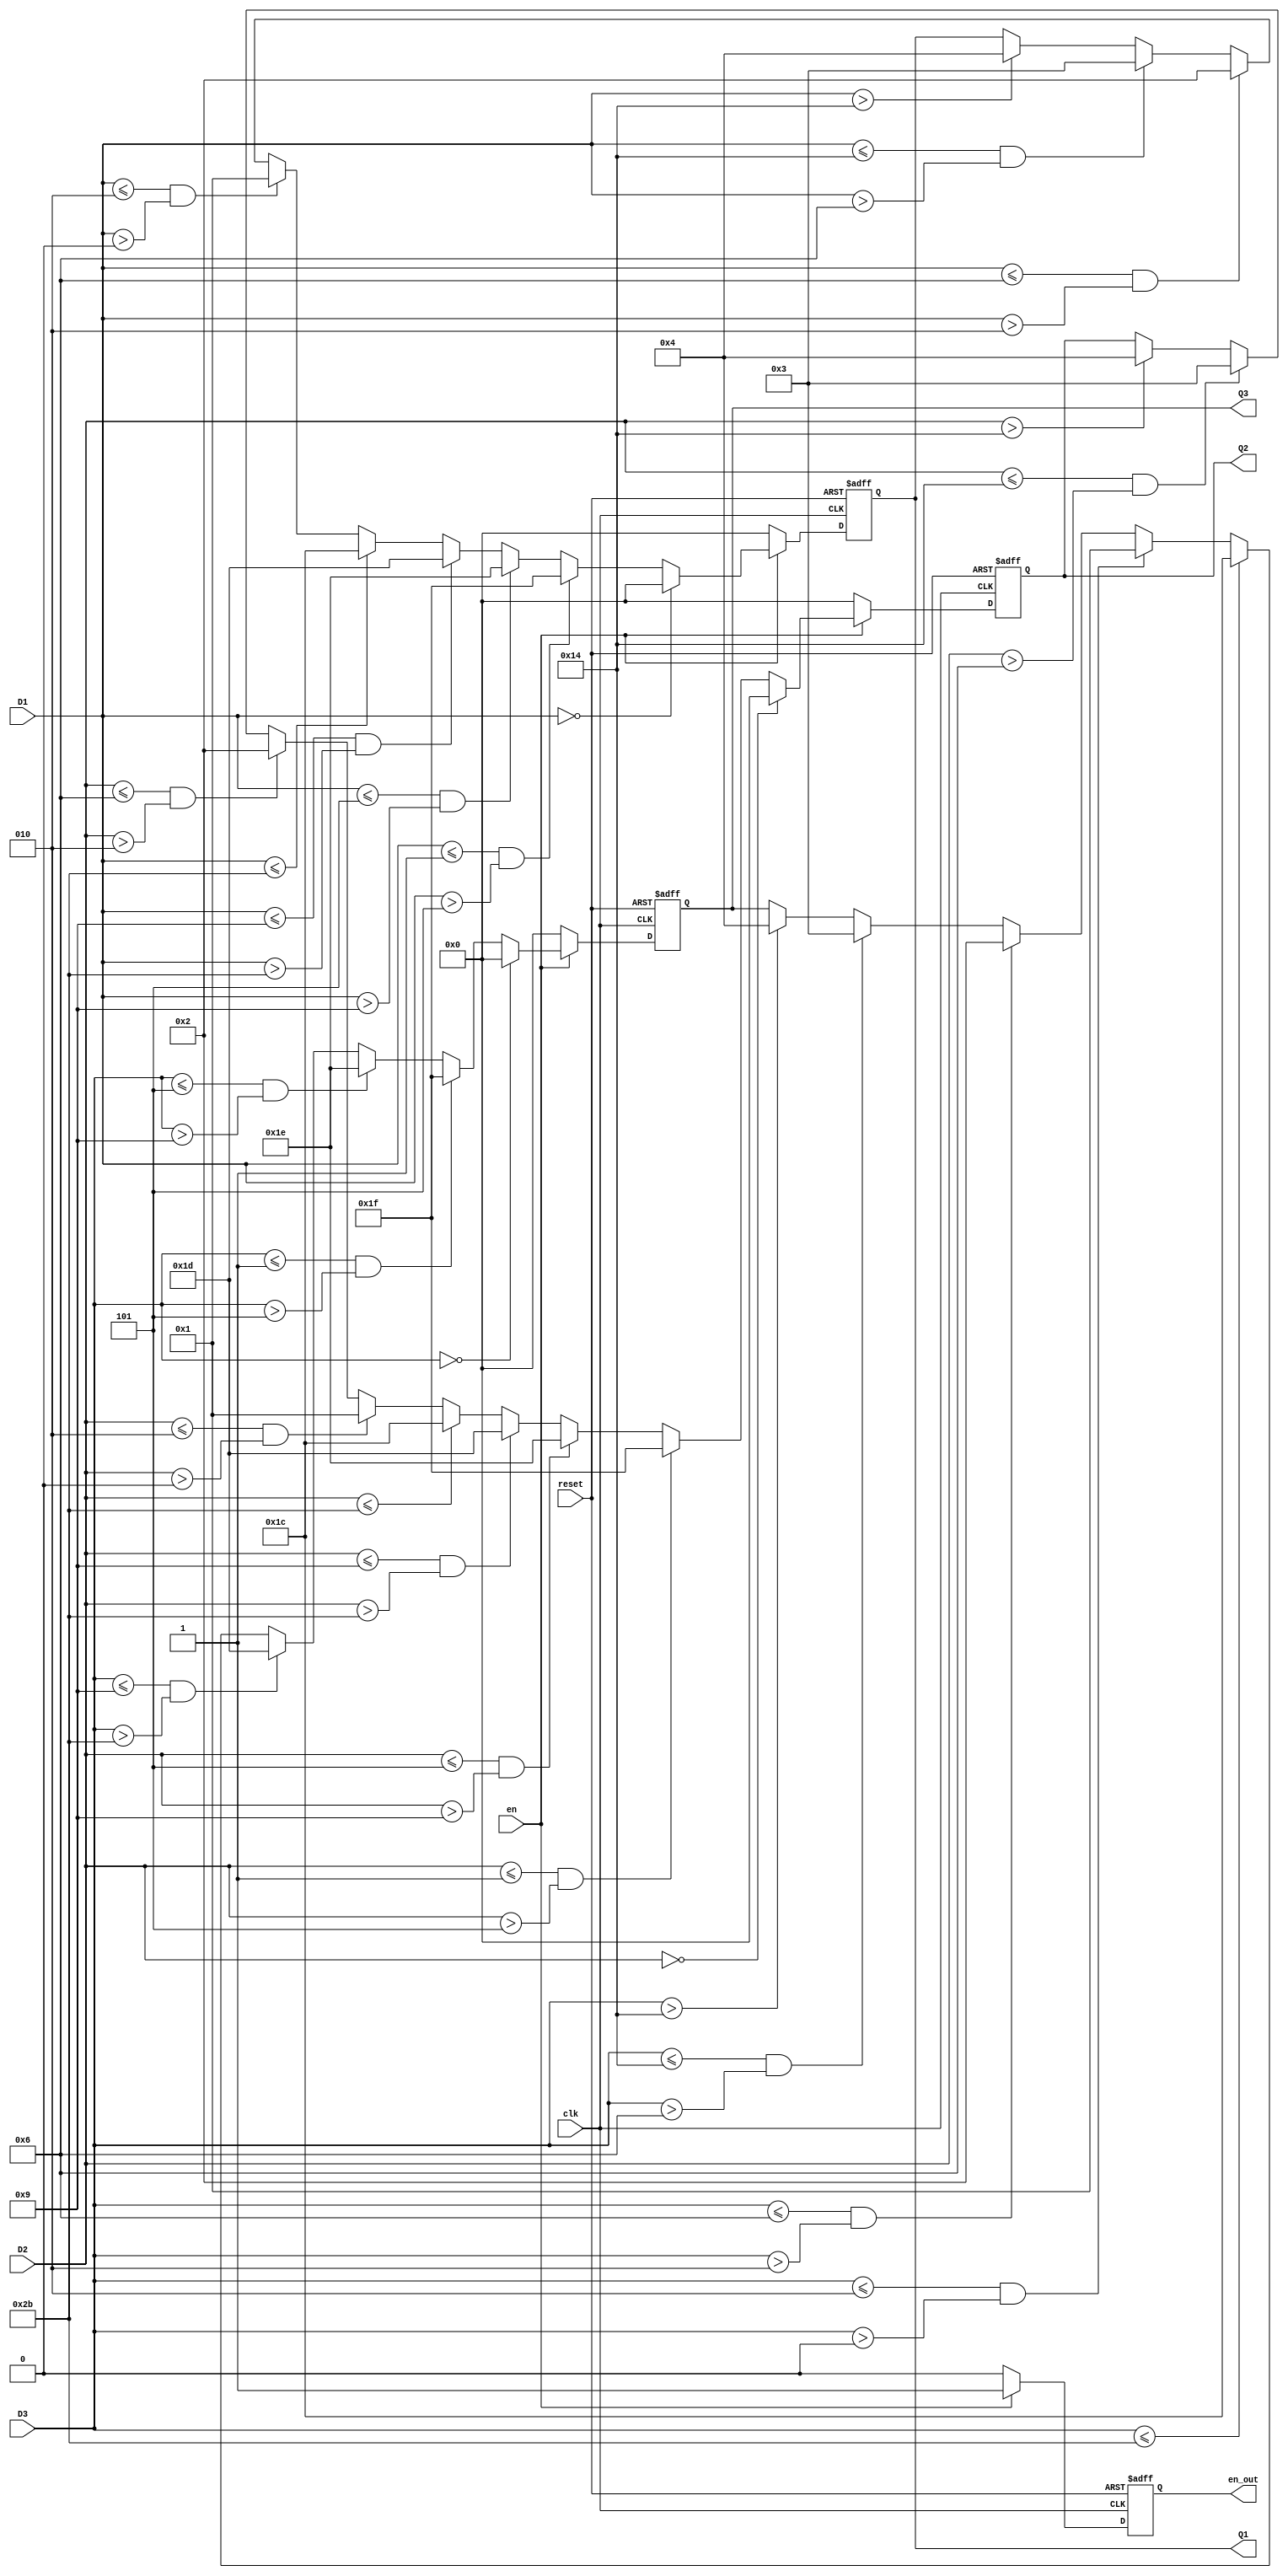
module Q_quanlify(clk, reset, en, D1, D2, D3, Q1, Q2, Q3, en_out);
    input clk;
    input reset;
    input en;
    input signed [8:0] D1;
    input signed [8:0] D2;
    input signed [8:0] D3;
    output signed [4:0] Q1;
    output signed [4:0] Q2;
    output signed [4:0] Q3;
    output en_out;
	 
	  
    reg signed [4:0] Q1;
    reg signed [4:0] Q2;
    reg signed [4:0] Q3;
    reg en_out;
	 
	 always@(posedge clk or negedge reset)
	 if(!reset)
	 Q1<=0;
	 else
	 if(en)
	  begin
      if (D1==0)                     Q1<=0; 
      else if ((D1<=-1)&&(D1>-3))    Q1<=-1;
      else if ((D1<=-3)&&(D1>-7))    Q1<=-2;
      else if ((D1<=-7)&&(D1>-21))   Q1<=-3;
      else if (D1<=-21)              Q1<=-4;
      else if ((D1<=2)&&(D1>0))      Q1<=1;
      else if ((D1<=6)&&(D1>2))      Q1<=2;   
      else if ((D1<=20)&&(D1>6))     Q1<=3; 
      else if (D1>20)                Q1<=4;                      
     end   	  
	 else
	  Q1<=0;
	 
	  always@(posedge clk or negedge reset)
	 if(!reset)
	 Q2<=0;
	 else
	 if(en)
	  begin
      if (D2==0)                    Q2<=0; 
      else if ((D2<=-1)&&(D2>-3))    Q2<=-1;
      else if ((D2<=-3)&&(D2>-7))    Q2<=-2;
      else if ((D2<=-7)&&(D2>-21))   Q2<=-3;
      else if (D2<=-21)             Q2<=-4;
      else if ((D2<=2)&&(D2>0))      Q2<=1;
      else if ((D2<=6)&&(D2>2))      Q2<=2;   
      else if ((D2<=20)&&(D2>6))     Q2<=3; 
      else if (D2>20)               Q2<=4;                      
     end   	  
	 else
	  Q2<=0;
	 
	 
	  always@(posedge clk or negedge reset)
	 if(!reset)
	 Q3<=0;
	 else
	 if(en)
	  begin
      if (D3==0)                    Q3<=0; 
      else if ((D3<=-1)&&(D3>-3))    Q3<=-1;
      else if ((D3<=-3)&&(D3>-7))    Q3<=-2;
      else if ((D3<=-7)&&(D3>-21))   Q3<=-3;
      else if (D3<=-21)             Q3<=-4;
      else if ((D3<=2)&&(D3>0))      Q3<=1;
      else if ((D3<=6)&&(D3>2))      Q3<=2;   
      else if ((D3<=20)&&(D3>6))     Q3<=3; 
      else if (D3>20)               Q3<=4;                      
     end   	  
	 else
	  Q3<=0;
	  
	  always@(posedge clk or negedge reset)
	  if(!reset)
	  en_out<=0;
	  else if(en)
	  en_out<=1;
	  else
	   en_out<=0;
	 


endmodule